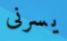
يسرنى